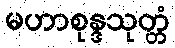
မဟာစုန္ဒသုတ္တံ